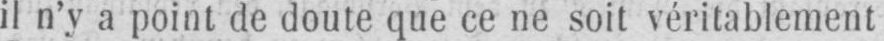
il n’y a point de doute que ce ne soit véritablement